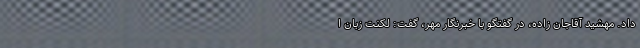
داد. مهشید آقاجان زاده، در گفتگو با خبرنگار مهر، گفت: لکنت زبان ا